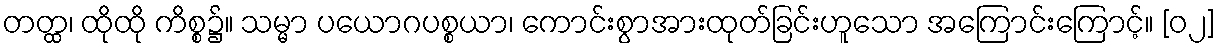
တတ္ထ၊ ထိုထို ကိစ္စ၌။ သမ္မာ ပယောဂပစ္စယာ၊ ကောင်းစွာအားထုတ်ခြင်းဟူသော အကြောင်းကြောင့်။ [၀၂]